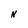
Character: N